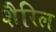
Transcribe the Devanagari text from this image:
शैरिल